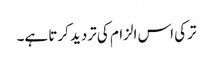
ترکی اس الزام کی تردید کرتا ہے۔